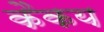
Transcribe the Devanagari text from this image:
कैकय